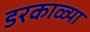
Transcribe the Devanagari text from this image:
डरकाळ्या